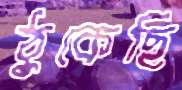
ঠুকেছি